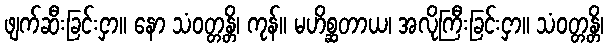
ဖျက်ဆီးခြင်းငှာ။ နော သံဝတ္တန္တိ၊ ကုန်။ မဟိစ္ဆတာယ၊ အလိုကြီးခြင်းငှာ။ သံဝတ္တန္တိ၊